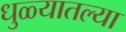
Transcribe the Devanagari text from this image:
धुळ्यातल्या